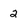
Character: 2